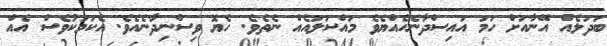
ބަދަލެއް އޭނާއަށް ހަމަ އައިސްދާނެހެއްޔެވެ މައްސަލައެއް ނެތެވެ. ހެޔޮ ވިސްނިދާނެއެވެ. އެކަމަކުވެސް އެއް